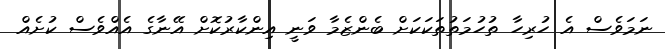
ނަމަވެސް އެ ހުރިހާ ތުހުމަތުތަކަކަށް ބެންޒެމާ ވަނީ އިންކާރުކޮށް އޭނާގެ އެއްވެސް ކުށެއް